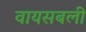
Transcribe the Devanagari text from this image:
वायसबली